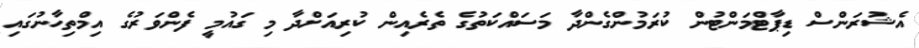
އެޝުރަންސް ޑިޕާޓްމަންޓުން ކުރަމުންގެންދާ މަސައްކަތުގެ ތެރެއިން ކުރިއަށްދާ މި ގައުމީ ފެންވަރުގެ އިމްތިހާނުގައި